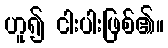
ဟူ၍ ငါးပါးဖြစ်၏။